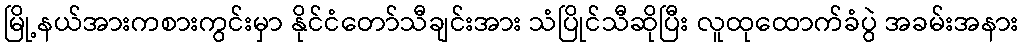
မြို့နယ်အားကစားကွင်းမှာ နိုင်ငံတော်သီချင်းအား သံပြိုင်သီဆိုပြီး လူထုထောက်ခံပွဲ အခမ်းအနား